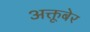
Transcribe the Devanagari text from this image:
अक्तूबेर